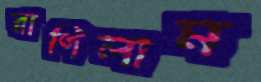
রাগিলাম